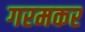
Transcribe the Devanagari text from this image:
गरमकर